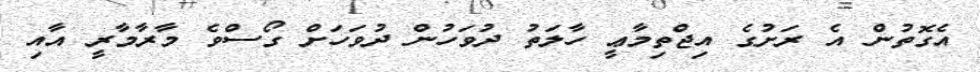
އެގޮތުން އެ ރަށުގެ އިޖްތިމާޢީ ހާލަތު ދުވަހުން ދުވަހަށް ގޯސްވެ މާރާމާރީ އާއި